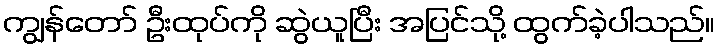
ကျွန်တော် ဦးထုပ်ကို ဆွဲယူပြီး အပြင်သို့ ထွက်ခဲ့ပါသည်။